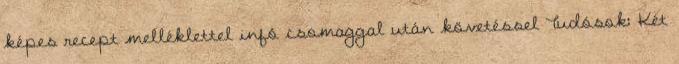
képes recept melléklettel infó csomaggal után követéssel Tudósok: Két